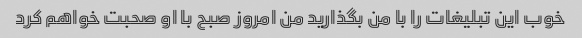
خوب این تبلیغات را با من بگذارید من امروز صبح با او صحبت خواهم کرد